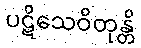
ပဋိသေဝိတုန္တိ